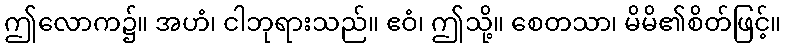
ဤလောက၌။ အဟံ၊ ငါဘုရားသည်။ ဧဝံ၊ ဤသို့။ စေတသာ၊ မိမိ၏စိတ်ဖြင့်။